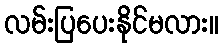
လမ်းပြပေးနိုင်မလား။